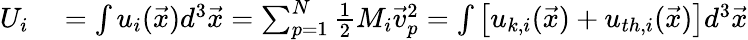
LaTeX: \begin{array}{rl}{U_{i}}&{{}=\int u_{i}(\vec{x})d^{3}\vec{x}=\sum_{p=1}^{N}\frac{1}{2}M_{i}\vec{v}_{p}^{2}=\int\left[u_{k,i}(\vec{x})+u_{th,i}(\vec{x})\right]d^{3}\vec{x}}\end{array}